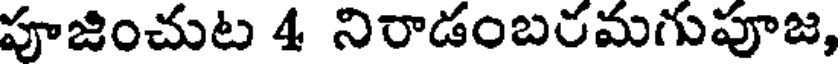
పూజించుట 4 నిరాడంబరమగుపూజ,